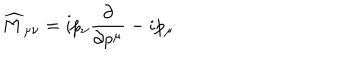
LaTeX: \widehat { M } _ { \mu \nu } = i p _ { \nu } \frac { \partial } { \partial p ^ { \mu } } - i p _ { \mu }